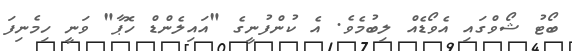
ބޯޓު ޝޯވްގައި އެވޯޑެއް ލިބުމެވެ. އެ ކުންފުނީގެ "އައިލެންޑް ހޮޕާ" ވަނީ ހިމެނިފަ